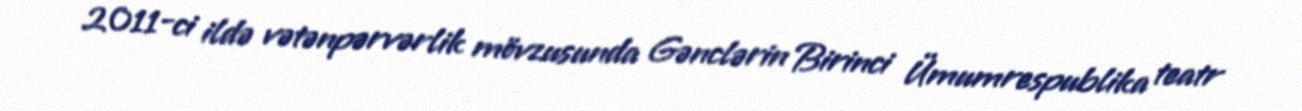
2011-ci ildə vətənpərvərlik mövzusunda Gənclərin Birinci Ümumrespublika teatr